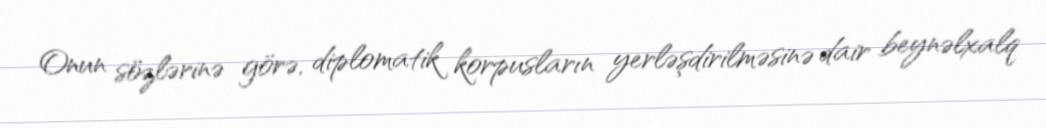
Onun sözlərinə görə, diplomatik korpusların yerləşdirilməsinə dair beynəlxalq